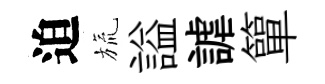
迫旒謚謔簞